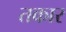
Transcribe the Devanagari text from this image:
तकार